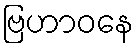
ဗြဟာဝနေ